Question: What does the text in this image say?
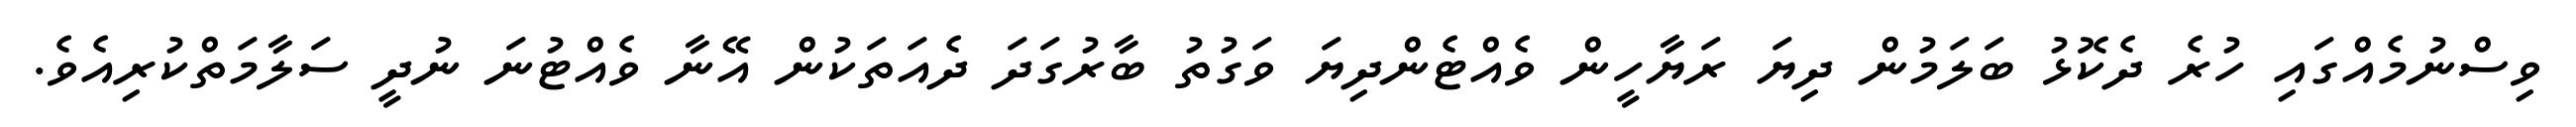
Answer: ވިސްނުމެއްގައި ހުރެ ދެކޮޅު ބަލަމުން ދިޔަ ރަޔާހީން ވެއްޓެންދިޔަ ވަގުތު ބާރުގަދަ ދެއަތަކުން އޭނާ ވެއްޓުނަ ނުދީ ސަލާމަތްކުރިއެވެ.